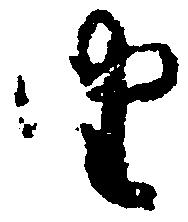
由